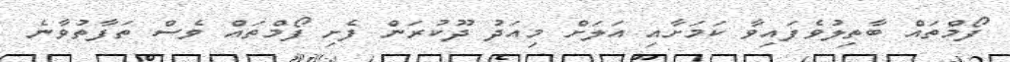
ފޯމްތައް ބާތިލުވެފައިވާ ކަމަށާއި އަލަށް މިއަދު ދޫކުރަން ފެށި ފޯމްތައް ވެސް ތަފާތުވާނެ